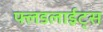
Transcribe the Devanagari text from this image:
फ्लडलाईट्स